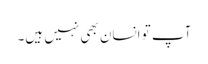
آپ تو انسان بھی نہیں ہیں۔